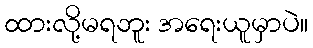
ထားလို့မရဘူး အရေးယူမှာပဲ။